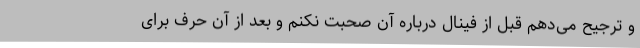
و ترجیح می‌دهم قبل از فینال درباره آن صحبت نکنم و بعد از آن حرف برای